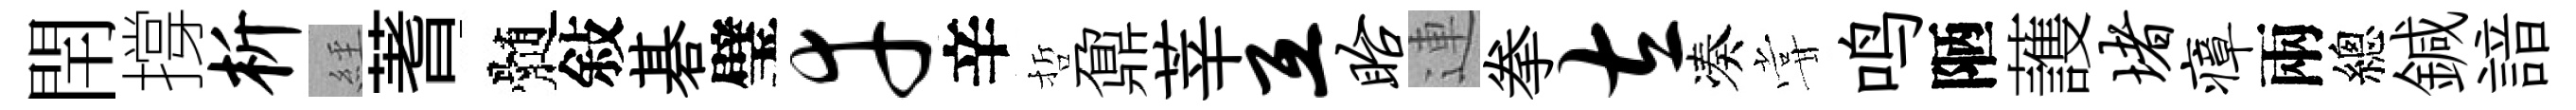
閈撐析𦀇蓍髄敍碁璧幸辛哲鼐莘互眙連拳左凑甞鸣陋䕶堵瘴兩總鍼諳